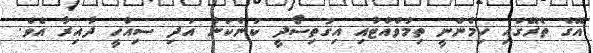
އޭގެ ތެރޭގައި ހިމެނެނީ ތިމާވެއްޓާއި އިގުތިސޯދީ ކަންކަން އަދި ސިއްހީ ދާއިރާ އެވެ.